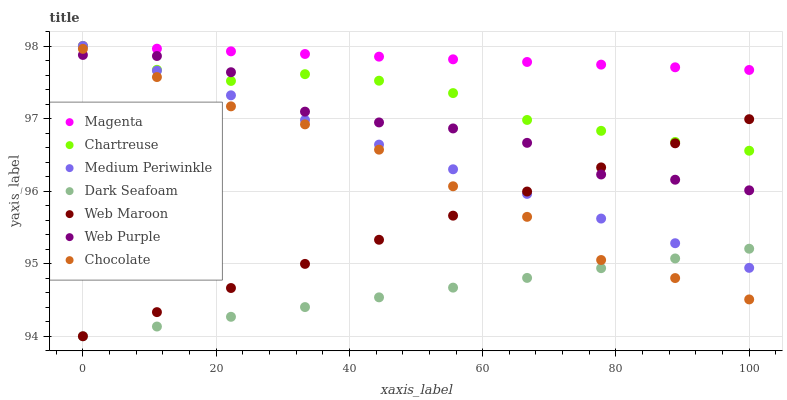
| xaxis_label | Magenta | Chartreuse | Medium Periwinkle | Dark Seafoam | Web Maroon | Web Purple | Chocolate |
 | --- | --- | --- | --- | --- | --- | --- | --- |
 | 0 | 98 | 98 | 98 | 94 | 94 | 97.9 | 98 |
 | 11.1 | 98 | 97.7 | 97.7 | 94.1 | 94.3 | 97.9 | 97.6 |
 | 22.2 | 97.9 | 97.5 | 97.3 | 94.3 | 94.7 | 97.6 | 97.2 |
 | 33.3 | 97.9 | 97.6 | 97 | 94.4 | 95 | 97.1 | 96.9 |
 | 44.4 | 97.9 | 97.5 | 96.6 | 94.5 | 95.3 | 96.9 | 96.6 |
 | 55.6 | 97.8 | 97.4 | 96.3 | 94.7 | 95.7 | 96.9 | 96.1 |
 | 66.7 | 97.8 | 97 | 96 | 94.8 | 96 | 96.7 | 95.6 |
 | 77.8 | 97.7 | 96.8 | 95.6 | 94.9 | 96.3 | 96.2 | 95.1 |
 | 88.9 | 97.7 | 96.7 | 95.3 | 95.1 | 96.7 | 96.2 | 94.8 |
 | 100 | 97.7 | 96.6 | 94.9 | 95.2 | 97 | 96 | 94.5 |